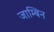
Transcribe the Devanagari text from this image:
जाम्बिन